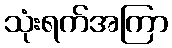
သုံးရက်အကြာ